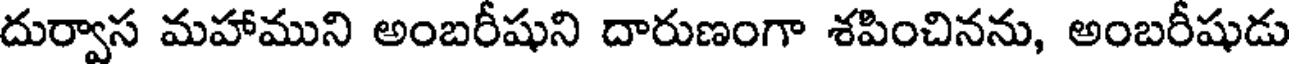
దుర్వాస మహాముని అంబరీషుని దారుణంగా శపించినను, అంబరీషుడు